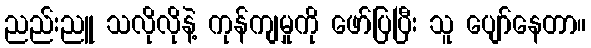
ညည်းညူ သလိုလိုနဲ့ ကုန်ကျမှုကို ဖော်ပြပြီး သူ ပျော်နေတာ။